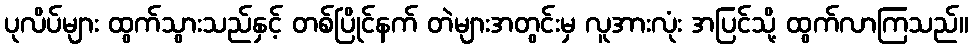
ပုလိပ်များ ထွက်သွားသည်နှင့် တစ်ပြိုင်နက် တဲများအတွင်းမှ လူအားလုံး အပြင်သို့ ထွက်လာကြသည်။